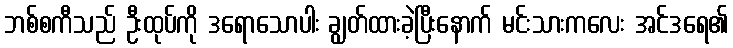
ဘစ်စကီသည် ဦးထုပ်ကို ဒရောသောပါး ချွတ်ထားခဲ့ပြီးနောက် မင်းသားကလေး အင်ဒရေ၏